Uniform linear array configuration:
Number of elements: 8
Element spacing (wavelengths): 0.75
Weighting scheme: kaiser
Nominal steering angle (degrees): -60
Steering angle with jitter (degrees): -60.487
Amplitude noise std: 0.05
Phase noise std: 0.05

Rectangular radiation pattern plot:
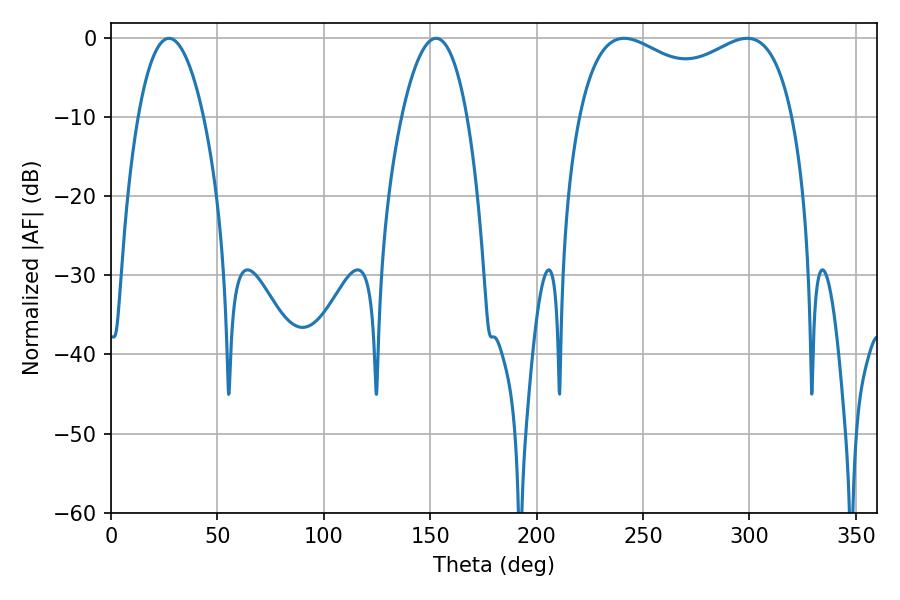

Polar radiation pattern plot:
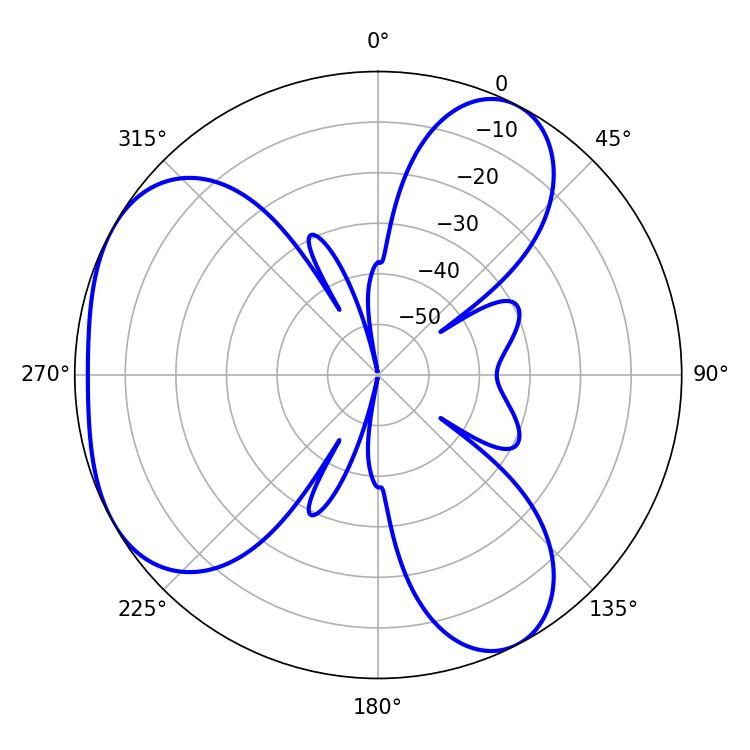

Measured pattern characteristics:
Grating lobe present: TRUE
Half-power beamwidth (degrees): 83.88
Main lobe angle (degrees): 241.02